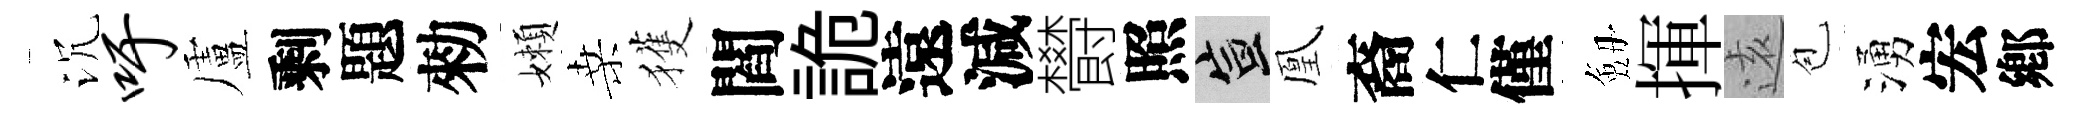
沉吁盧剩題勑嬾桑獲閻詭遠減欎照宣凰裔仁僅劔揮逺苞湧宏鄕